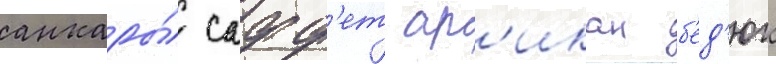
анкары́ сафф'ет ар'икан б'ед'юк